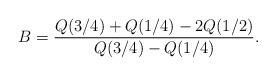
LaTeX: \begin{align*}B=\frac{Q(3/4)+Q(1/4)-2 Q(1/2)}{Q(3/4)-Q(1/4)}.\end{align*}